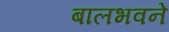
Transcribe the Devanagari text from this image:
बालभवने